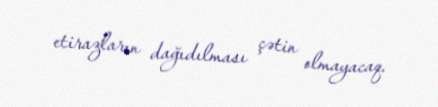
etirazların dağıdılması çətin olmayacaq.